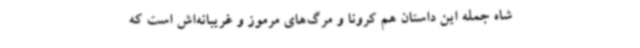
شاه جمله این داستان هم کرونا و مرگ‌های مرموز و غریبانه‌اش است که